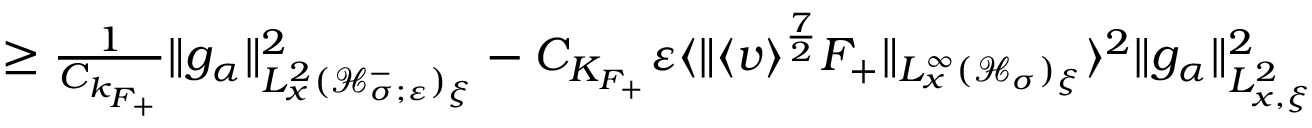
\begin{array} { r } { \geq \frac { 1 } { C _ { k _ { F _ { + } } } } \| g _ { \alpha } \| _ { L _ { x } ^ { 2 } ( \mathcal H _ { \sigma ; \varepsilon } ^ { - } ) _ { \xi } } ^ { 2 } - C _ { K _ { F _ { + } } } \varepsilon \langle \| \langle v \rangle ^ { \frac { 7 } { 2 } } F _ { + } \| _ { L _ { x } ^ { \infty } ( \mathcal H _ { \sigma } ) _ { \xi } } \rangle ^ { 2 } \| g _ { \alpha } \| _ { L _ { x , \xi } ^ { 2 } } ^ { 2 } } \end{array}